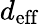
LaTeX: d_{\mathrm{eff}}